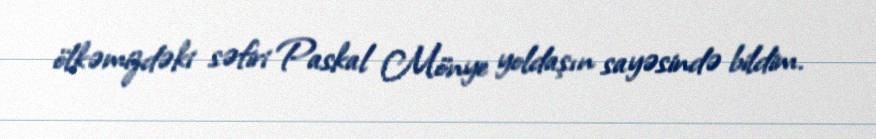
ölkəmizdəki səfiri Paskal Mönye yoldaşın sayəsində bildim.